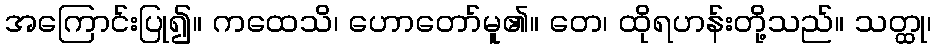
အကြောင်းပြု၍။ ကထေသိ၊ ဟောတော်မူ၏။ တေ၊ ထိုရဟန်းတို့သည်။ သတ္ထု၊